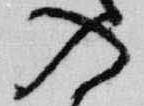
入